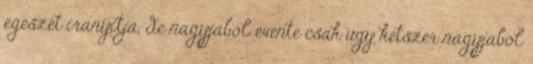
egeszet iranyitja, de nagyjabol evente csak ugy ketszer nagyjabol